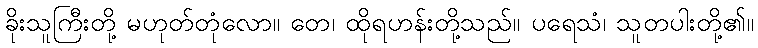
ခိုးသူကြီးတို့ မဟုတ်တုံလော။ တေ၊ ထိုရဟန်းတို့သည်။ ပရေသံ၊ သူတပါးတို့၏။